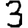
Digit: 3